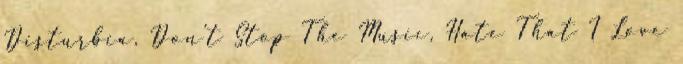
Disturbia, Don’t Stop The Music, Hate That I Love